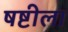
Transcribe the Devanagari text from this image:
षष्टीला